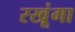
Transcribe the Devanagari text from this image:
रखूंगा